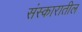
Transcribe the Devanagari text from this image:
संस्कारातील